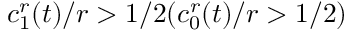
c _ { 1 } ^ { r } ( t ) / r > 1 / 2 ( c _ { 0 } ^ { r } ( t ) / r > 1 / 2 )